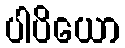
ပါပိယော